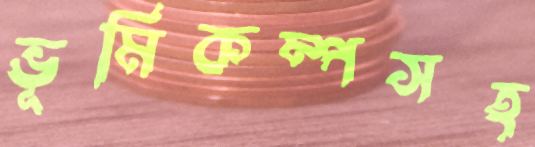
ভূমিকম্পসহ